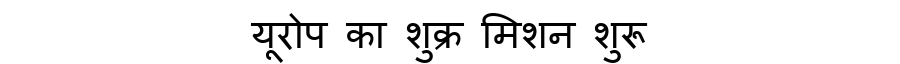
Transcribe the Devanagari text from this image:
यूरोप का शुक्र मिशन शुरू